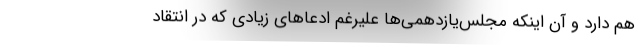
هم دارد و آن اینکه مجلس‌یازدهمی‌ها علیرغم ادعاهای زیادی که در انتقاد